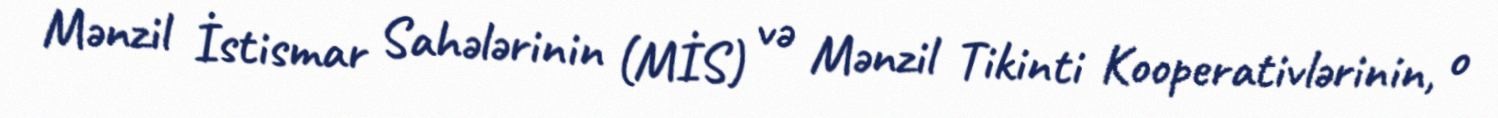
Mənzil İstismar Sahələrinin (MİS) və Mənzil Tikinti Kooperativlərinin, o